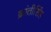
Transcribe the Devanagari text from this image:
क्रांतीसिंह